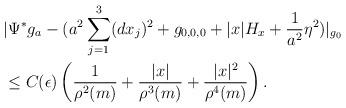
LaTeX: \begin{align*}&|\Psi^*g_a - (a^2\sum_{j = 1}^3(dx_j)^2 + g_{0,0,0} + |x|H_x + \frac{1}{a^2}\eta^2 )|_{g_0} \\&\leq C(\epsilon) \left(\frac{1}{\rho^2(m)} + \frac{|x|}{\rho^3(m)} + \frac{|x|^2}{\rho^4(m)} \right).\end{align*}